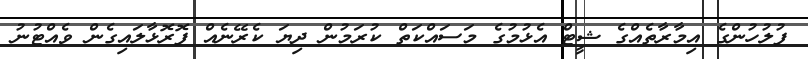
ފުލުހުންގެ އިމާރާތެއްގެ ޝީޓް އެޅުމުގެ މަސައްކަތް ކުރަމުން ދިޔަ ކެރޭނެއް ފޮރޮޅާލައިގެން ވެއްޓުނު